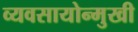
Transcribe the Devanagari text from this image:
व्यवसायोन्मुखी